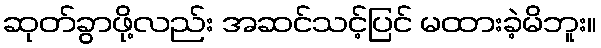
ဆုတ်ခွာဖို့လည်း အဆင်သင့်ပြင် မထားခဲ့မိဘူး။